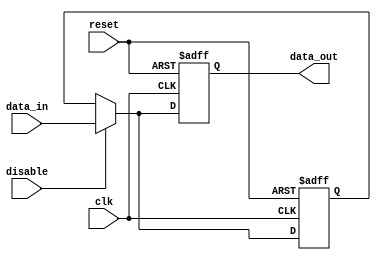
module DisableBlock (
    input wire clk,         // Clock input for synchronous operation
    input wire reset,       // Asynchronous reset input
    input wire disable,     // Control signal to disable the block
    input wire [7:0] data_in,  // Data input (8-bit for example)
    output reg [7:0] data_out // Data output (8-bit for example)
);

// Internal register to hold the last value
reg [7:0] last_value;

// Sequential logic to manage data output
always @(posedge clk or posedge reset) begin
    if (reset) begin
        // Reset output to a predefined state (e.g., 0) on reset
        data_out <= 8'b0;
        last_value <= 8'b0;
    end else if (disable) begin
        // When disable is asserted, allow normal operation
        data_out <= data_in; // Pass input data to output
        last_value <= data_in; // Store last value
    end else begin
        // When disable is deasserted, hold the last value
        // or reset to a predefined state based on requirement.
        // Here holding the last value
        data_out <= last_value;
    end
end

endmodule